Reports on dispensaries and lunatic asylums in the Province of Oudh - 1869-1876
Year: 1869
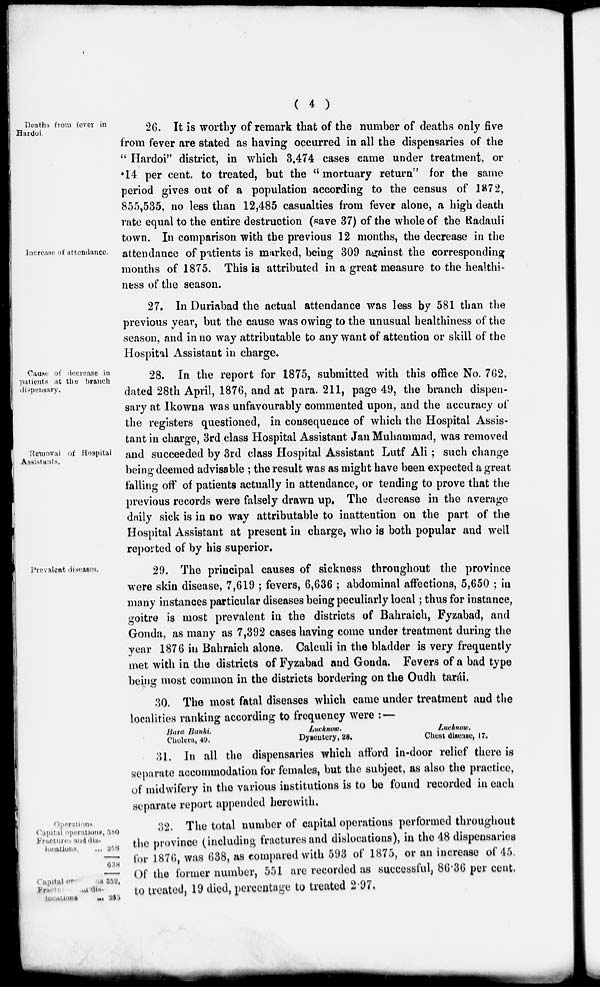
( 4 )
Deaths from fever in
Hardoi.
Increase of attendance.
26. It is worthy of remark that of the number of deaths only five
from fever are stated as having occurred in all the dispensaries of the
" Hardoi" district, in which 3,474 cases came under treatment, or
.14 per cent. to treated, but the " mortuary return" for the same
period gives out of a population according to the census of 1872,
855,535, no less than 12,485 casualties from fever alone, a high death
rate equal to the entire destruction (save 37) of the whole of the Radauli
town. In comparison with the previous 12 months, the decrease in the
attendance of patients is marked, being 309 against the corresponding
months of 1875. This is attributed in a great measure to the healthi-
ness of the season.
27. In Duriabad the actual attendance was less by 581 than the
previous year, but the cause was owing to the unusual healthiness of the
season, and in no way attributable to any want of attention or skill of the
Hospital Assistant in charge.
Cause of decrease in
patients at the branch
dispensary.
Removal of Hospital
Assistants.
28. In the report for 1875, submitted with this office No. 762,
dated 28th April, 1876, and at para. 211, page 49, the branch dispen-
sary at Ikowna was unfavourably commented upon, and the accuracy of
the registers questioned, in consequence of which the Hospital Assis-
tant in charge, 3rd class Hospital Assistant Jan Muhammad, was removed
and succeeded by 3rd class Hospital Assistant Lutf Ali ; such change
being deemed advisable ; the result was as might have been expected a great
falling off of patients actually in attendance, or tending to prove that the
previous records were falsely drawn up. The decrease in the average
daily sick is in no way attributable to inattention on the part of the
Hospital Assistant at present in charge, who is both popular and well
reported of by his superior.
Prevalent diseases.
29. The principal causes of sickness throughout the province
were skin disease, 7,619 ; fevers, 6,636 ; abdominal affections, 5,650 ; in
many instances particular diseases being peculiarly local; thus for instance,
goitre is most prevalent in the districts of Bahraich, Fyzabad, and
Gonda, as many as 7,392 cases having come under treatment during the
year 1876 in Bahraich alone. Calculi in the bladder is very frequently
met with in the districts of Fyzabad and Gonda. Fevers of a bad type
being most common in the districts bordering on the Oudh tarái.
30. The most fatal diseases which came under treatment and the
localities ranking according to frequency were : —
Bara Banki.
Cholera, 49.
Lucknow.
Dysentery, 28.
Lucknow.
Chest disease, 17.
31. In all the dispensaries which afford in-door relief there is
separate accommodation for females, but the subject, as also the practice,
of midwifery in the various institutions is to be found recorded in each
separate report appended herewith.
Operations
Capital operations.
Fractures and dis-
locations. ...
Capital operations
Fractures and dis-
locations ...
380
258
638
352
255
32. The total number of capital operations performed throughout
the province (including fractures and dislocations), in the 48 dispensaries
tor 1876, was 638, as compared with 593 of 1875, or an increase of 45.
Of the former number, 551 are recorded as successful, 86.36 per cent,
to treated, 19 died, percentage to treated 2.97.